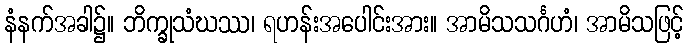
နံနက်အခါ၌။ ဘိက္ခုသံဃဿ၊ ရဟန်းအပေါင်းအား။ အာမိသသင်္ဂဟံ၊ အာမိသဖြင့်